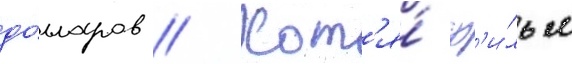
до́лларов // Хот'я́ ф'и́льм